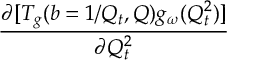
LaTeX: { \frac { \partial [ T _ { g } ( b = 1 / Q _ { t } , Q ) g _ { \omega } ( Q _ { t } ^ { 2 } ) ] } { \partial Q _ { t } ^ { 2 } } }